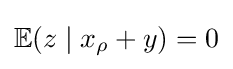
\mathbb {E} (z\mid x_{\rho }+y)=0